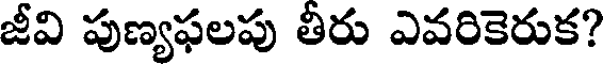
జీవి పుణ్యఫలపు తీరు ఎవరికెరుక?